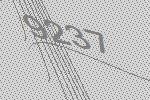
9237